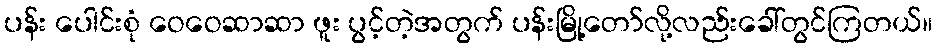
ပန်း ပေါင်းစုံ ဝေဝေဆာဆာ ဖူး ပွင့်တဲ့အတွက် ပန်းမြို့တော်လို့လည်းခေါ်တွင်ကြတယ်။